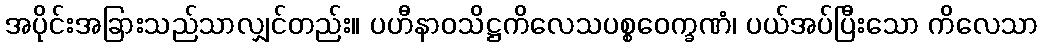
အပိုင်းအခြားသည်သာလျှင်တည်း။ ပဟီနာဝသိဋ္ဌကိလေသပစ္စဝေက္ခဏံ၊ ပယ်အပ်ပြီးသော ကိလေသာ